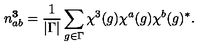
n _ { a b } ^ { \bf 3 } = \frac { 1 } { | \Gamma | } \sum _ { g \in \Gamma } \chi ^ { 3 } ( g ) \chi ^ { a } ( g ) \chi ^ { b } ( g ) ^ { * } .